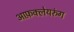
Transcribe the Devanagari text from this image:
आफ़क्लेयरुंग